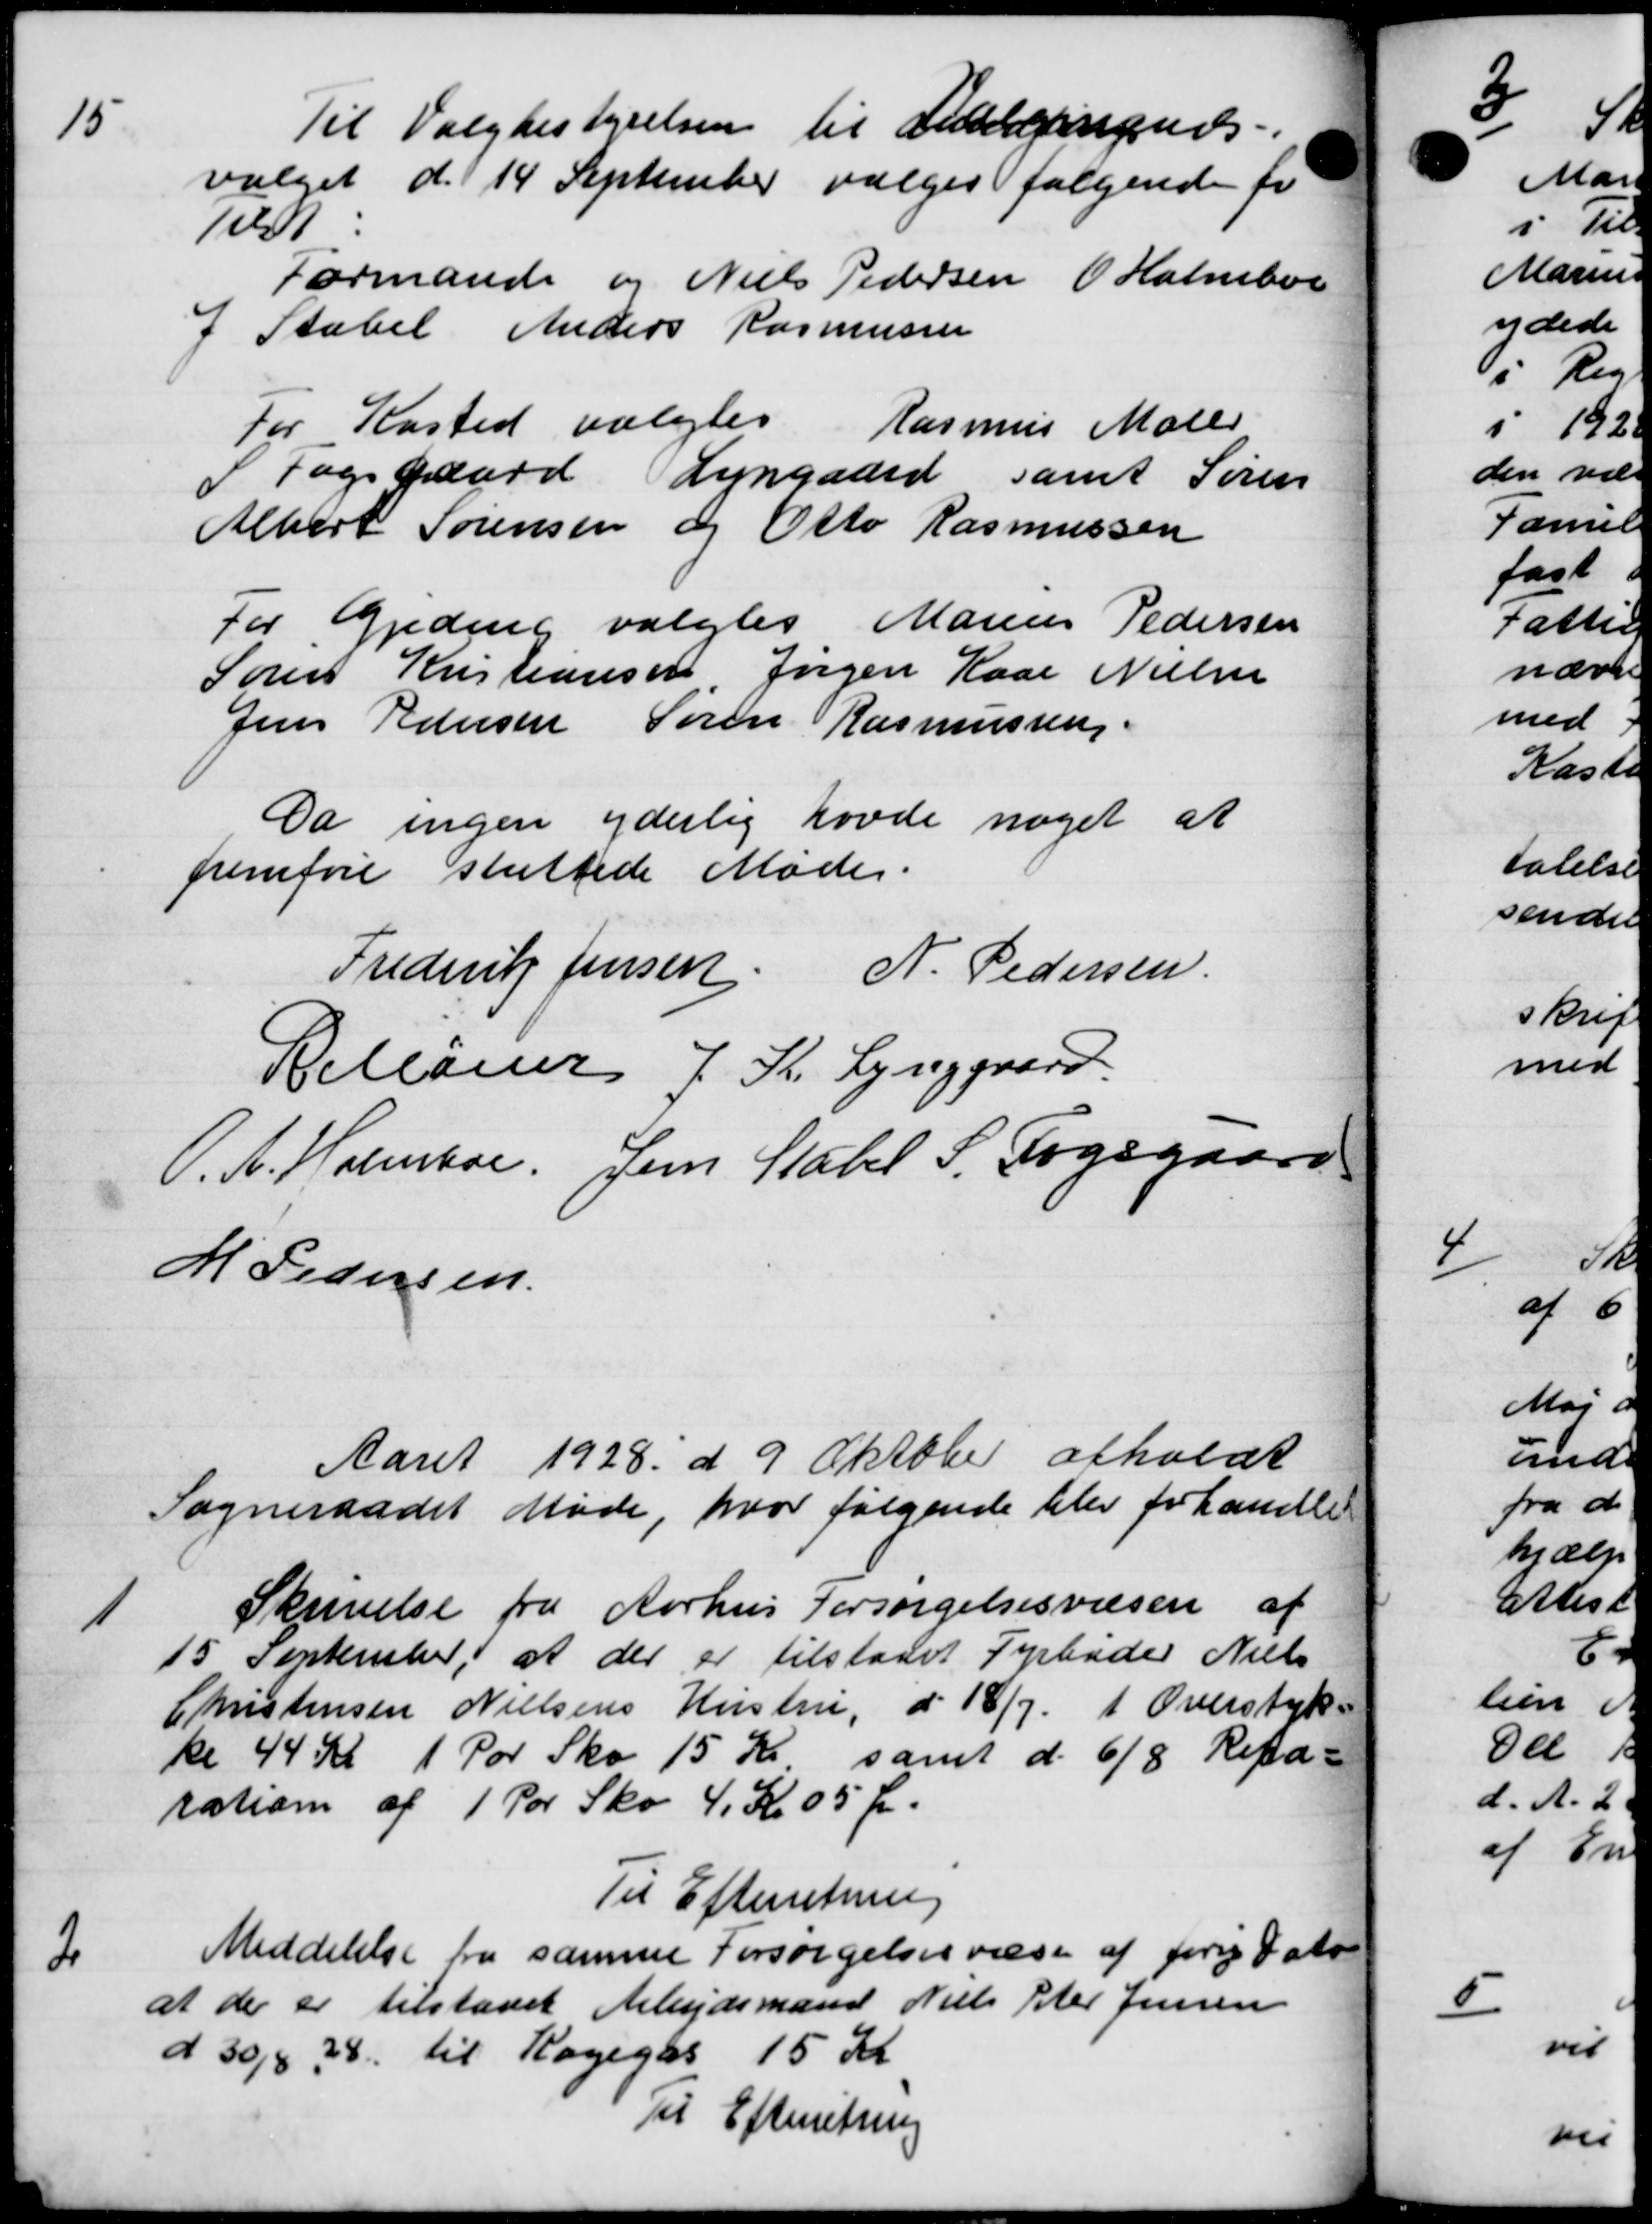
Transskription:
Til Valgbestyrelsen til Andergangedes
valget d. 14 September vælges følgende fr
Tist
Formande og Niels Pedersen Halmboe
I Stabel Anders Rasmussen
For Kasted valgtes Rasmus Maler
S Fogsgaard Lyngaard samt Søren
Albert Sørensen og Otto Rasmussen
For Gjeding valgtes Marius Pedersen
Søren Kristiansen Jørgen Kaar Nielsen
Jens Pedersen Søren Rasmussen.
Da ingen yderlig havde noget at
fremføre sluttede Møde.
Frederik Jensen N. Pedersen.
"
Bellaner J. K. Lynggaard
O.A. Holmboe, Jens Stabel S. Fogsgaard
M Pedersen
Aaret 1928 d. 9 Oktober afholdt
Sogneraadet Møde, hvor følgende blev forhandle
1
Skrivelse fra Aarhus Forsørgelsesvæsen af
15 September, at der er tilstaaet Fyrbøder Niels
Christensen Nielsens Hustru, d 18/7 i Overstyk
ke 44 Kr 1 Por Sko 15 Kr samt d. 6/8 Repa=
ration af 1 Por Sko 4 Kr. 05 Ør.
Til Efterretning
2
Meddelelse fra samme Forsørgelsesvæsen af for Fato
at der er tilstaaet Arbejdsmand Niels Peter Jensen
d 30/8 38 til Kagegas 15 Kr
Til Efterretning